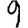
Digit: 9